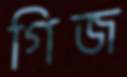
গিজ